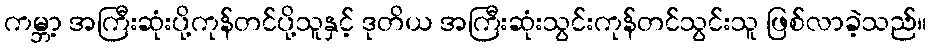
ကမ္ဘာ့ အကြီးဆုံးပို့ကုန်တင်ပို့သူနှင့် ဒုတိယ အကြီးဆုံးသွင်းကုန်တင်သွင်းသူ ဖြစ်လာခဲ့သည်။